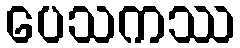
ပေသကဿ